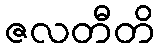
ဇလတီတိ